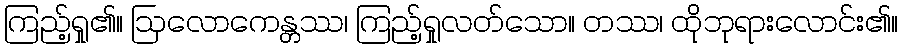
ကြည့်ရှု၏။ ဩလောကေန္တဿ၊ ကြည့်ရှုလတ်သော။ တဿ၊ ထိုဘုရားလောင်း၏။